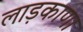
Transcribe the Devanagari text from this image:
लाड़काणा